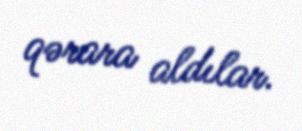
qərara aldılar.